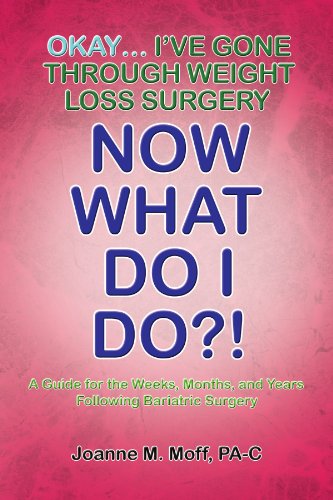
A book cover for Okay... I've Gone Through Weight Loss Surgery, Now What Do I Do?!; Joanne Moff; Health, Fitness & Dieting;